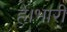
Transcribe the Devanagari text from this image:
है।भारी